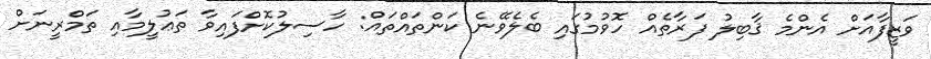
ވަޒީފާއަށް އެންމެ ޤާބިލު ފަރާތެއް ހޮވުމުގައި ބެލެވޭނެ ކަންތައްތައް: ހާސިލުކޮށްފައިވާ ތަޢުލީމާއި ތަމްރީނަށް